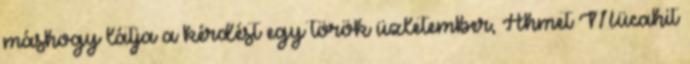
máshogy látja a kérdést egy török üzletember, Ahmet Mücahit